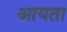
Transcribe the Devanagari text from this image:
आयता